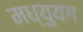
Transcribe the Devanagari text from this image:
मध्युयग